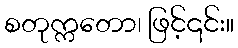
စတုက္ကတော၊ ဖြင့်၎င်း။